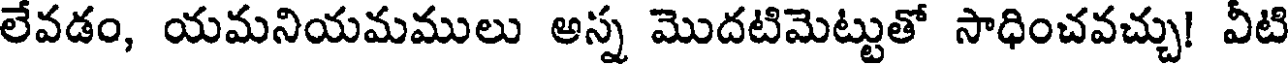
లేవడం, యమనియమములు అస్న మొదటిమెట్టుతో సాధించవచ్చు! వీటి